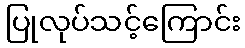
ပြုလုပ်သင့်ကြောင်း